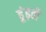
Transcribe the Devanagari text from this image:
ढूंढ़ती